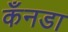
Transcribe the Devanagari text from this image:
कँनडा